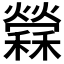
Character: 𥣻